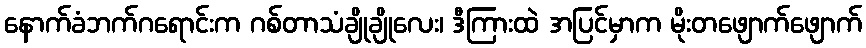
နောက်ခံဘက်ဂရောင်းက ဂစ်တာသံချိုချိုလေး၊ ဒီကြားထဲ အပြင်မှာက မိုးတဖျောက်ဖျောက်